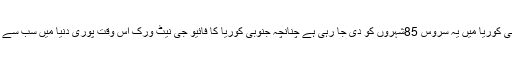
تاہم جنوبی کوریا میں یہ سروس 85شہروں کو دی جا رہی ہے چنانچہ جنوبی کوریا کا فائیو جی نیٹ ورک اس وقت پوری دنیا میں سب سے بڑا ہوگا۔